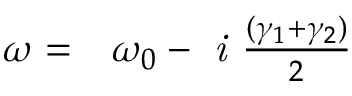
\begin{array} { r l } { \omega = } & { { } \omega _ { 0 } - \textit { i } \frac { ( \gamma _ { 1 } + \gamma _ { 2 } ) } { 2 } } \end{array}